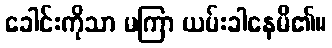
ခေါင်းကိုသာ မကြာ ယမ်းခါနေမိ၏။